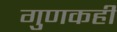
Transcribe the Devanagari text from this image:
गुणकही